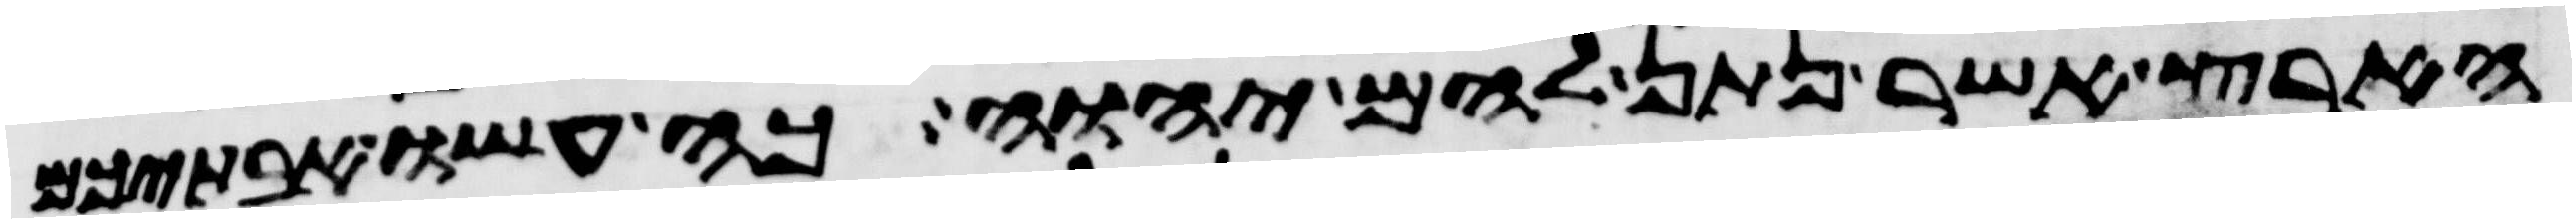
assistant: הארץ אשר נתן להם יהוה כה עשו אבתיכם